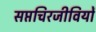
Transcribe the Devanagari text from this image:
सप्तचिरजीवियों